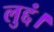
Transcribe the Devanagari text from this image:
लुद्दं।